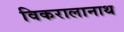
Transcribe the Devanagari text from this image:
विकरालानाथ